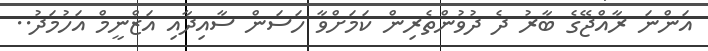
އަންނަ ރާއްޖޭގެ ބާރު ދެ ދުވުންތެރިން ކަމަށްވާ ހަސަން ސާއިދާއި އަޒްނީމް އަހުމަދު..